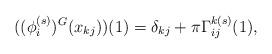
LaTeX: \begin{align*}((\phi_i^{(s)})^G(x_{kj}))(1)=\delta_{kj}+\pi\Gamma^{k(s)}_{ij}(1),\end{align*}